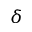
\delta